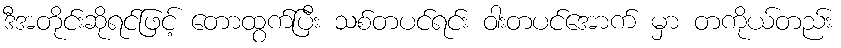
ဒီအတိုင်းဆိုရင်ဖြင့် တောထွက်ပြီး သစ်တပင်ရင်း ဝါးတပင်အောက် မှာ တကိုယ်တည်း